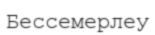
Бессемерлеу